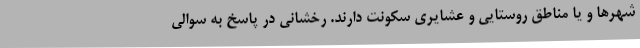
شهرها و یا مناطق روستایی و عشایری سکونت دارند. رخشانی در پاسخ به سوالی